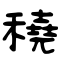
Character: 穘